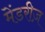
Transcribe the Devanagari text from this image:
मेंडरीज़